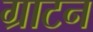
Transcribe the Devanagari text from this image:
ग्राटन